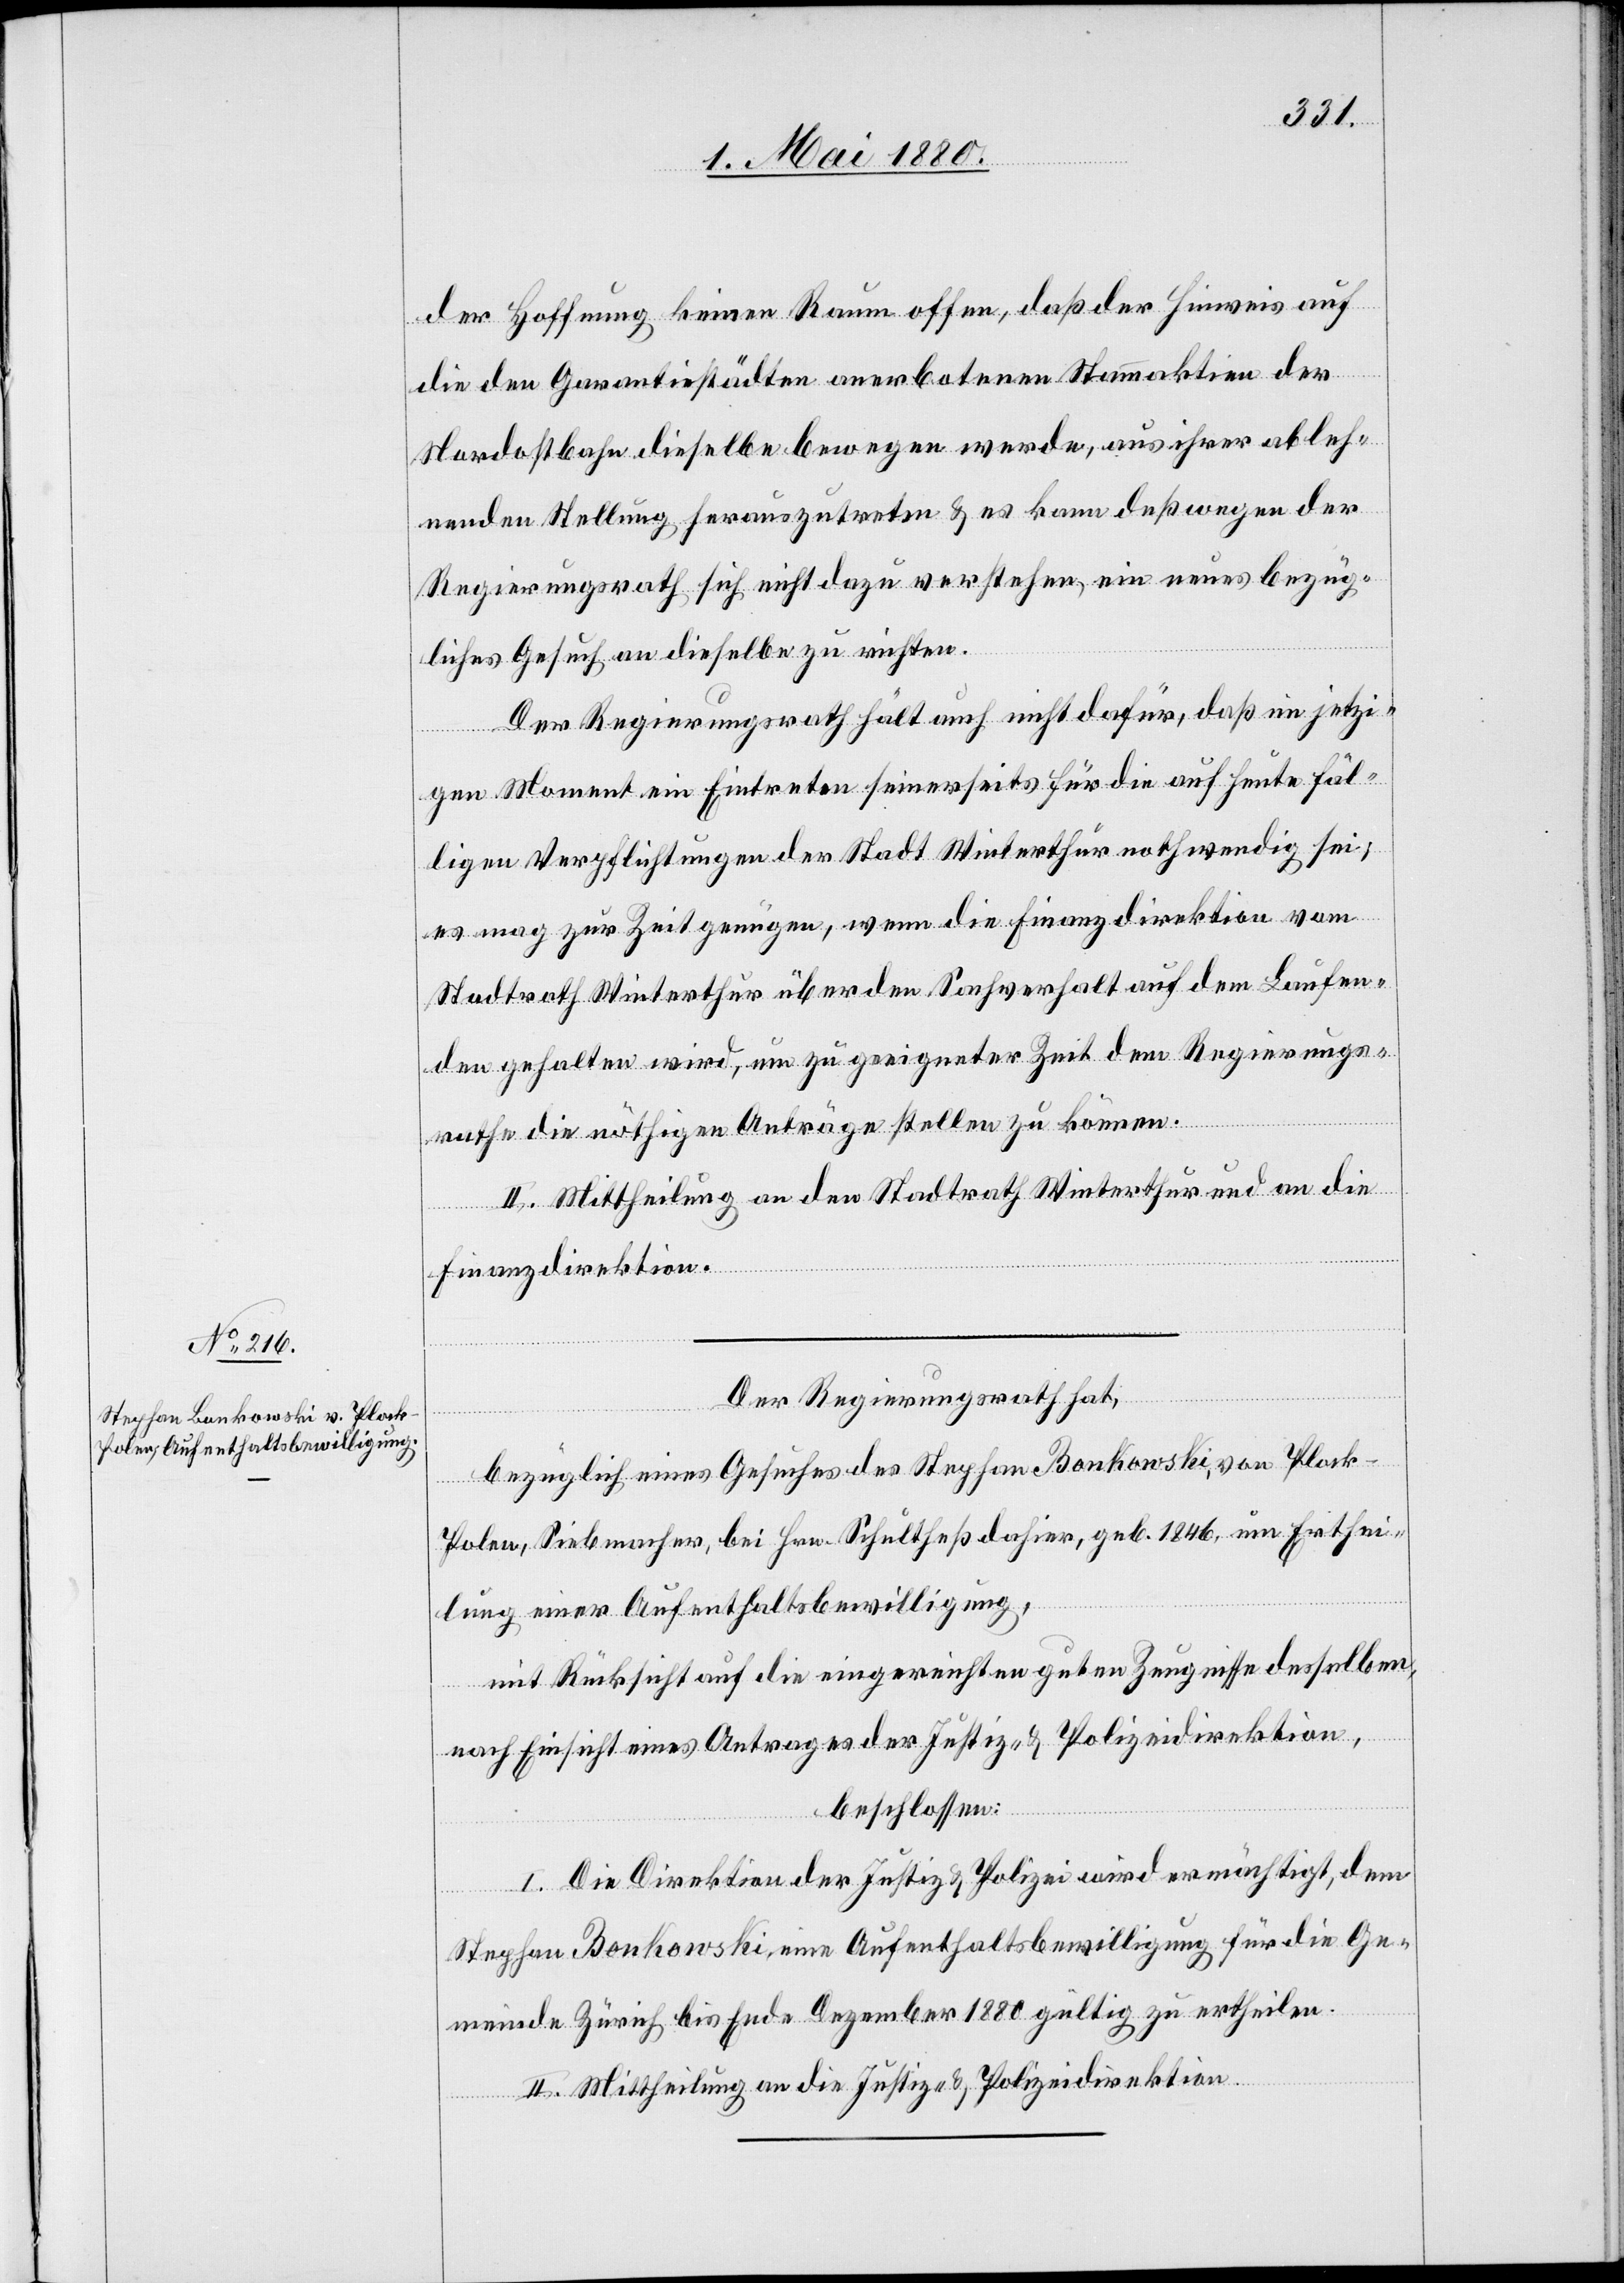
der Hoffnung keinen Raum offen, daß der Hinweis auf
die den Garantiestädten anerbotenen Stammaktien der
Nordostbahn dieselbe bewegen werde, aus ihrer ableh¬
nenden Stellung herauszutreten & es kann deßwegen der
Regierungsrath sich nicht dazu verstehen, ein neues bezüg¬
liches Gesuch an dieselbe zu richten.
Der Regierungsrath hält auch nicht dafür, daß im jetzi¬
gen Moment ein Eintreten seinerseits für die auf heute fäl¬
ligen Verpflichtungen der Stadt Winterthur nothwendig sei;
es mag zur Zeit genügen, wenn die Finanzdirektion vom
Stadtrath Winterthur über den Sachverhalt auf dem Laufen¬
den gehalten wird, um zu geeigneter Zeit dem Regierungs¬
rathe die nöthigen Anträge stellen zu können.
II. Mittheilung an den Stadtrath Winterthur und an die
Finanzdirektion.
Der Regierungsrath hat,
bezüglich eines Gesuches des Stephan Bonkowski, von Plock
Polen, Siebmacher, bei Hrn. Schultheß dahier, geb. 1846, um Erthei¬
lung einer Aufenthaltsbewilligung,
mit Rücksicht auf die eingereichten guten Zeugnisse desselben,
nach Einsicht eines Antrages der Justiz- & Polizeidirektion,
beschlossen:
I. Die Direktion der Justiz & Polizei wird ermächtigt, dem
Stephan Bonkowski eine Aufenthaltsbewilligung für die Ge¬
meinde Zürich bis Ende Dezember 1880 gültig zu ertheilen.
II. Mittheilung an die Justiz- & Polizeidirektion.